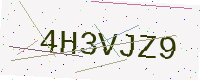
Text: 4H3VJZ9